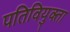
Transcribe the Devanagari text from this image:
पतिवियुक्ता